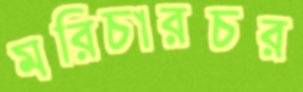
মরিচারচর